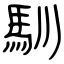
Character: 馴